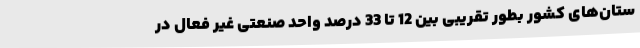
ستان‌های کشور بطور تقریبی بین 12 تا 33 درصد واحد صنعتی غیر فعال در